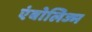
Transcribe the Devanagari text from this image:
एंबोलिज्म